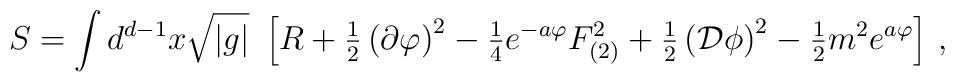
S=\int d^{d-1}x\sqrt{|g|}\ \left[ R +{\textstyle\frac{1}{2}}\left(\partial\varphi \right)^{2}-{\textstyle\frac{1}{4}}e^{-a\varphi}F_{(2)}^{2}+{\textstyle\frac{1}{2}} \left({\cal D}\phi \right)^{2}-{\textstyle\frac{1}{2}}m^{2} e^{a\varphi} \right]\, ,